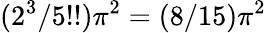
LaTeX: (2^{3}/5!!)\pi^{2}=(8/15)\pi^{2}